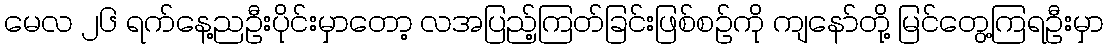
မေလ ၂၆ ရက်နေ့ညဦးပိုင်းမှာတော့ လအပြည့်ကြတ်ခြင်းဖြစ်စဉ်ကို ကျနော်တို့ မြင်တွေ့ကြရဦးမှာ